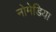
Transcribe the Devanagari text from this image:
नोमेडिया